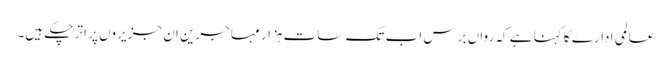
عالمی ادارے کا کہنا ہے کہ رواں برس اب تک سات ہزار مہاجرین ان جزیروں پر اتر چکے ہیں۔